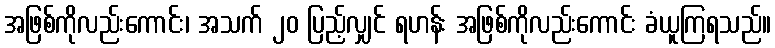
အဖြစ်ကိုလည်းကောင်း၊ အသက် ၂၀ ပြည့်လျှင် ရဟန်း အဖြစ်ကိုလည်းကောင်း ခံယူကြရသည်။